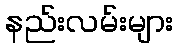
နည်းလမ်းများ